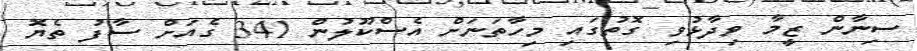
ސިނާން ޒީމާ ވިދާޅުވި ގޮތުގައި މިހާތަނަށް އެސްކޫލުން 341 ގެއަށް ސާފު ތެޔޮ